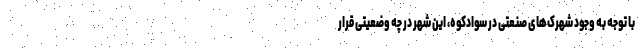
با توجه به وجود شهرک‌های صنعتی در سوادکوه، این شهر در چه وضعیتی قرار